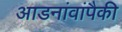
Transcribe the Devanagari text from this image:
आडनांवांपैकी